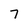
Character: 7